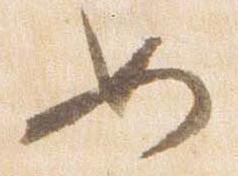
如